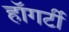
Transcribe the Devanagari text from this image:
हॉगर्टी